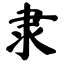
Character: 隶